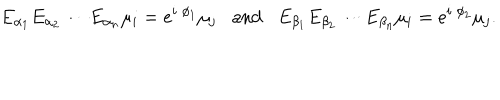
E _ { \alpha _ { 1 } } E _ { \alpha _ { 2 } } \cdots E _ { \alpha _ { n } } \mu _ { i } = e ^ { i \; \phi _ { 1 } } \mu _ { j } \mathrm { a n d } E _ { \beta _ { 1 } } E _ { \beta _ { 2 } } \cdots E _ { \beta _ { n } } \mu _ { i } = e ^ { i \; \phi _ { 2 } } \mu _ { j } .